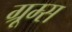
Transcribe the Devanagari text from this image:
ग्रूम्स